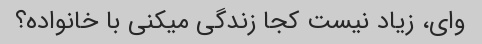
وای، زیاد نیست کجا زندگی میکنی با خانواده؟